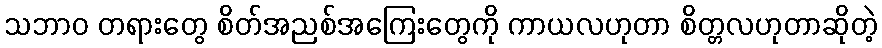
သဘာဝ တရားတွေ စိတ်အညစ်အကြေးတွေကို ကာယလဟုတာ စိတ္တလဟုတာဆိုတဲ့